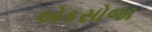
એકસોજા